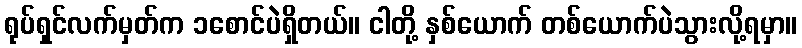
ရုပ်ရှင်လက်မှတ်က ၁စောင်ပဲရှိတယ်။ ငါတို့ နှစ်ယောက် တစ်ယောက်ပဲသွားလို့ရမှာ။